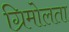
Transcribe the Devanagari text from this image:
ग्रिमोलता